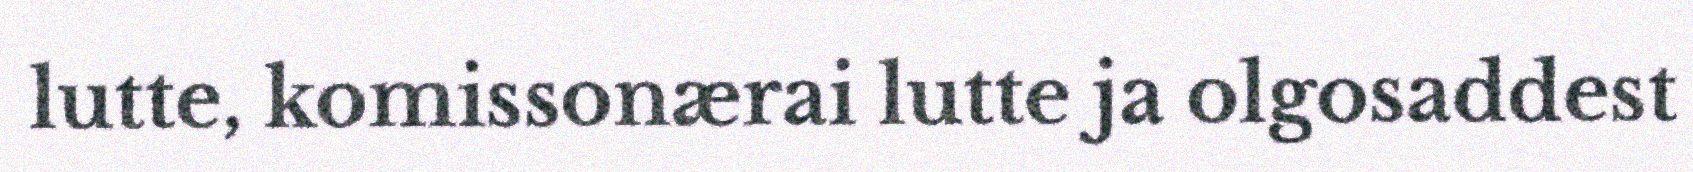
lutte, komissonærai lutte ja olgosaddest